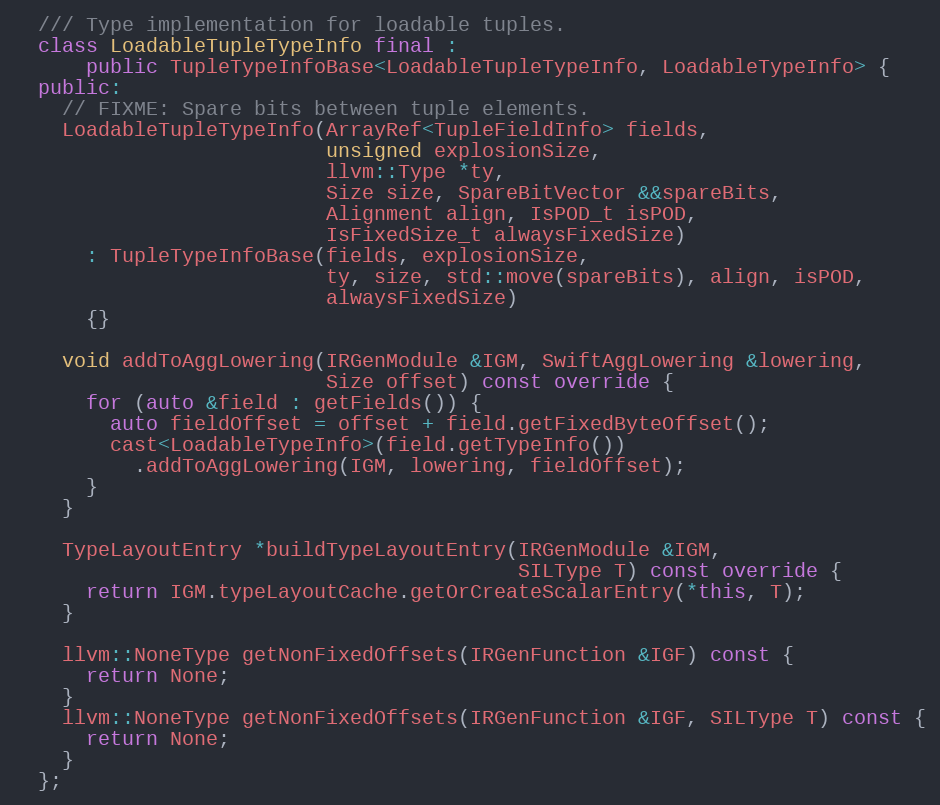
Language: C++
  /// Type implementation for loadable tuples.
  class LoadableTupleTypeInfo final :
      public TupleTypeInfoBase<LoadableTupleTypeInfo, LoadableTypeInfo> {
  public:
    // FIXME: Spare bits between tuple elements.
    LoadableTupleTypeInfo(ArrayRef<TupleFieldInfo> fields,
                          unsigned explosionSize,
                          llvm::Type *ty,
                          Size size, SpareBitVector &&spareBits,
                          Alignment align, IsPOD_t isPOD,
                          IsFixedSize_t alwaysFixedSize)
      : TupleTypeInfoBase(fields, explosionSize,
                          ty, size, std::move(spareBits), align, isPOD,
                          alwaysFixedSize)
      {}

    void addToAggLowering(IRGenModule &IGM, SwiftAggLowering &lowering,
                          Size offset) const override {
      for (auto &field : getFields()) {
        auto fieldOffset = offset + field.getFixedByteOffset();
        cast<LoadableTypeInfo>(field.getTypeInfo())
          .addToAggLowering(IGM, lowering, fieldOffset);
      }
    }

    TypeLayoutEntry *buildTypeLayoutEntry(IRGenModule &IGM,
                                          SILType T) const override {
      return IGM.typeLayoutCache.getOrCreateScalarEntry(*this, T);
    }

    llvm::NoneType getNonFixedOffsets(IRGenFunction &IGF) const {
      return None;
    }
    llvm::NoneType getNonFixedOffsets(IRGenFunction &IGF, SILType T) const {
      return None;
    }
  };